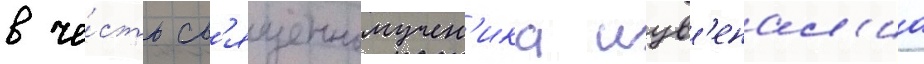
в че́сть св'ященномучен'ика иув'енал'иа